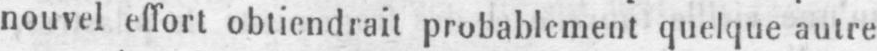
nouvel effort obtiendrait probablement quelque autre